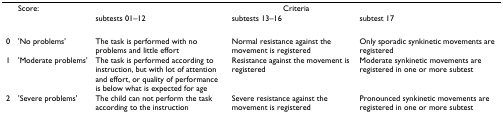
|  | Score: | <COLSPAN=3> Criteria |
 |  |  | subtests 01–12 | subtests 13–16 | subtest 17 |
 | --- | --- | --- | --- | --- |
 | 0 | 'No problems' | The task is performed with no problems and little effort | Normal resistance against the movement is registered | Only sporadic synkinetic movements are registered |
 | 1 | 'Moderate problems' | The task is performed according to instruction, but with lot of attention and effort, or quality of performance is below what is expected for age | Resistance against the movement is registered | Moderate synkinetic movements are registered in one or more subtest |
 | 2 | 'Severe problems' | The child can not perform the task according to the instruction | Severe resistance against the movement is registered | Pronounced synkinetic movements are registered in one or more subtest |